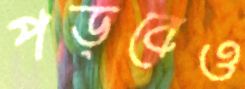
পড়বেও